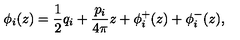
\phi _ { i } ( z ) = \frac { 1 } { 2 } q _ { i } + \frac { p _ { i } } { 4 \pi } z + \phi _ { i } ^ { + } ( z ) + \phi _ { i } ^ { - } ( z ) ,